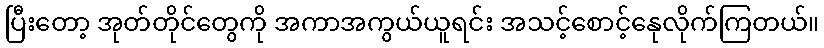
ပြီးတော့ အုတ်တိုင်တွေကို အကာအကွယ်ယူရင်း အသင့်စောင့်နေုလိုက်ကြတယ်။